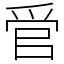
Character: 𬋩